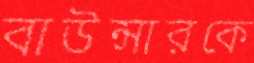
বাউন্সারকে